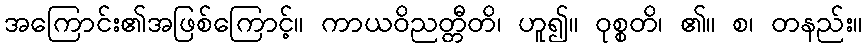
အကြောင်း၏အဖြစ်ကြောင့်။ ကာယဝိညတ္တီတိ၊ ဟူ၍။ ဝုစ္စတိ၊ ၏။ စ၊ တနည်း။